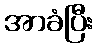
အာခံပြီး